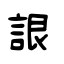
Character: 詪